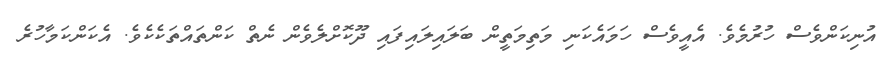
އުނިކަންވެސް ހުރުމެވެ. އެއީވެސް ހަމައެކަނި މަތިމަތީން ބަލައިލައިފައި ދޫކޮށްލެވެން ނެތް ކަންތައްތަކެކެވެ. އެކަންކަމާހުރެ